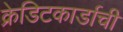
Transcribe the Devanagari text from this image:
क्रेडिटकार्डाची